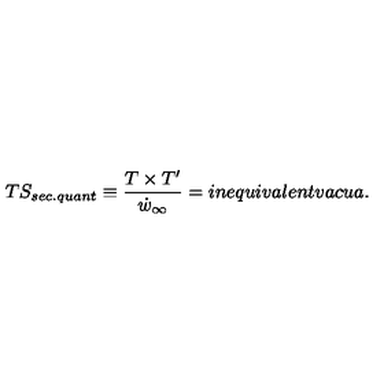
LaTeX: T S _ { s e c . q u a n t } \equiv \frac { T \times T ^ { \prime } } { \dot { w } _ { \infty } } = i n e q u i v a l e n t v a c u a .